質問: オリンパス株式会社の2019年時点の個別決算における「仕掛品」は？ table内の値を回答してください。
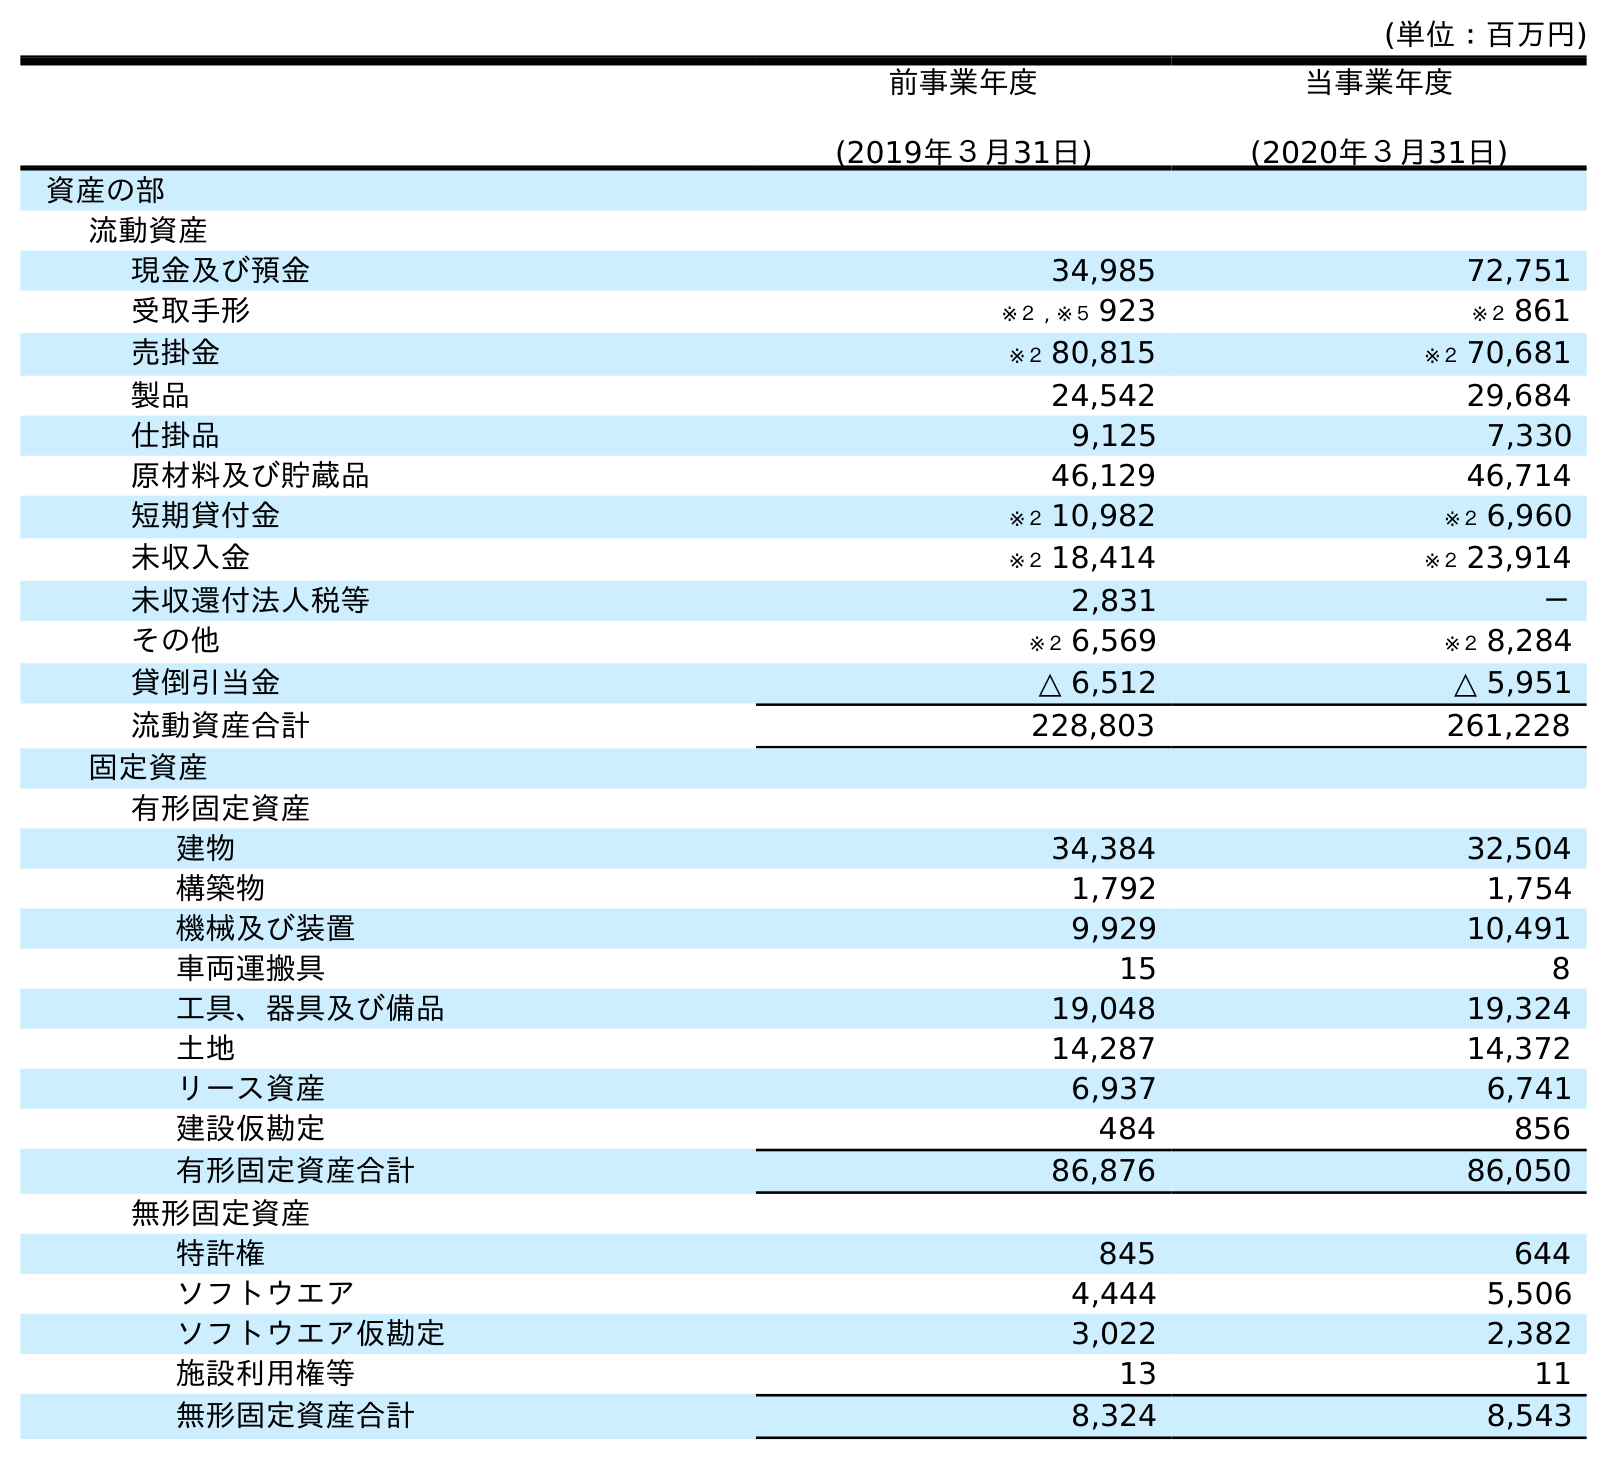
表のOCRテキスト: (単位：百万円) 前事業年度 (2019年３月31日) 当事業年度 (2020年３月31日) 資産の部 流動資産 現金及び預金 34,985 72,751 受取手形 ※２ , ※５ 923 ※２ 861 売掛金 ※２ 80,815 ※２ 70,681 製品 24,542 29,684 仕掛品 9,125 7,330 原材料及び貯蔵品 46,129 46,714 短期貸付金 ※２ 10,982 ※２ 6,960 未収入金 ※２ 18,414 ※２ 23,914 未収還付法人税等 2,831 － その他 ※２ 6,569 ※２ 8,284 貸倒引当金 △ 6,512 △ 5,951 流動資産合計 228,803 261,228 固定資産 有形固定資産 建物 34,384 32,504 構築物 1,792 1,754 機械及び装置 9,929 10,491 車両運搬具 15 8 工具、器具及び備品 19,048 19,324 土地 14,287 14,372 リース資産 6,937 6,741 建設仮勘定 484 856 有形固定資産合計 86,876 86,050 無形固定資産 特許権 845 644 ソフトウエア 4,444 5,506 ソフトウエア仮勘定 3,022 2,382 施設利用権等 13 11 無形固定資産合計 8,324 8,543
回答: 9,125